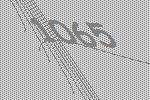
1065